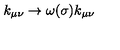
k _ { \mu \nu } \to \omega ( \sigma ) k _ { \mu \nu }